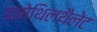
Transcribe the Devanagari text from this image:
डामेथिलथैलेट